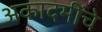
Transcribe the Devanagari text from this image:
अकादमींचे